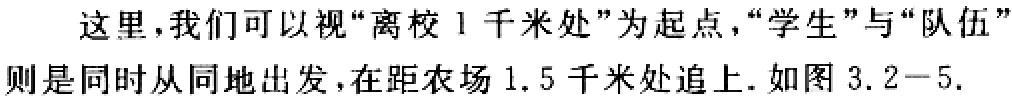
这里，我们可以视“离校 1 千米处”为起点，“学生”与“队伍”则是同时从同地出发，在距农场 1.5 千米处追上. 如图 3.2 - 5.